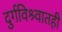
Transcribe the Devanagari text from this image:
दुर्गविश्र्वातही